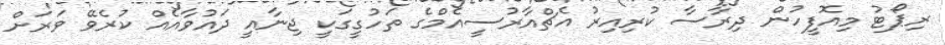
ރިޕޯޓު މިއޮފީހުން ދިރާސާ ކުރިއިރު އެޗްއާރުސީއެމްގެ ތަހުގީގަކީ ޖިނާއީ ދައުވާއެއް ކުރެވޭ ވަރަށް